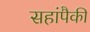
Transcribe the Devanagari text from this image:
सहांपैकी